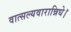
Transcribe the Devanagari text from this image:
वात्सल्यवारान्निधे।